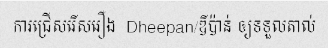
ការជ្រើសរើសរឿង  Dheepan/ឌីប៉ាន់ ឲ្យទទួលតាល់